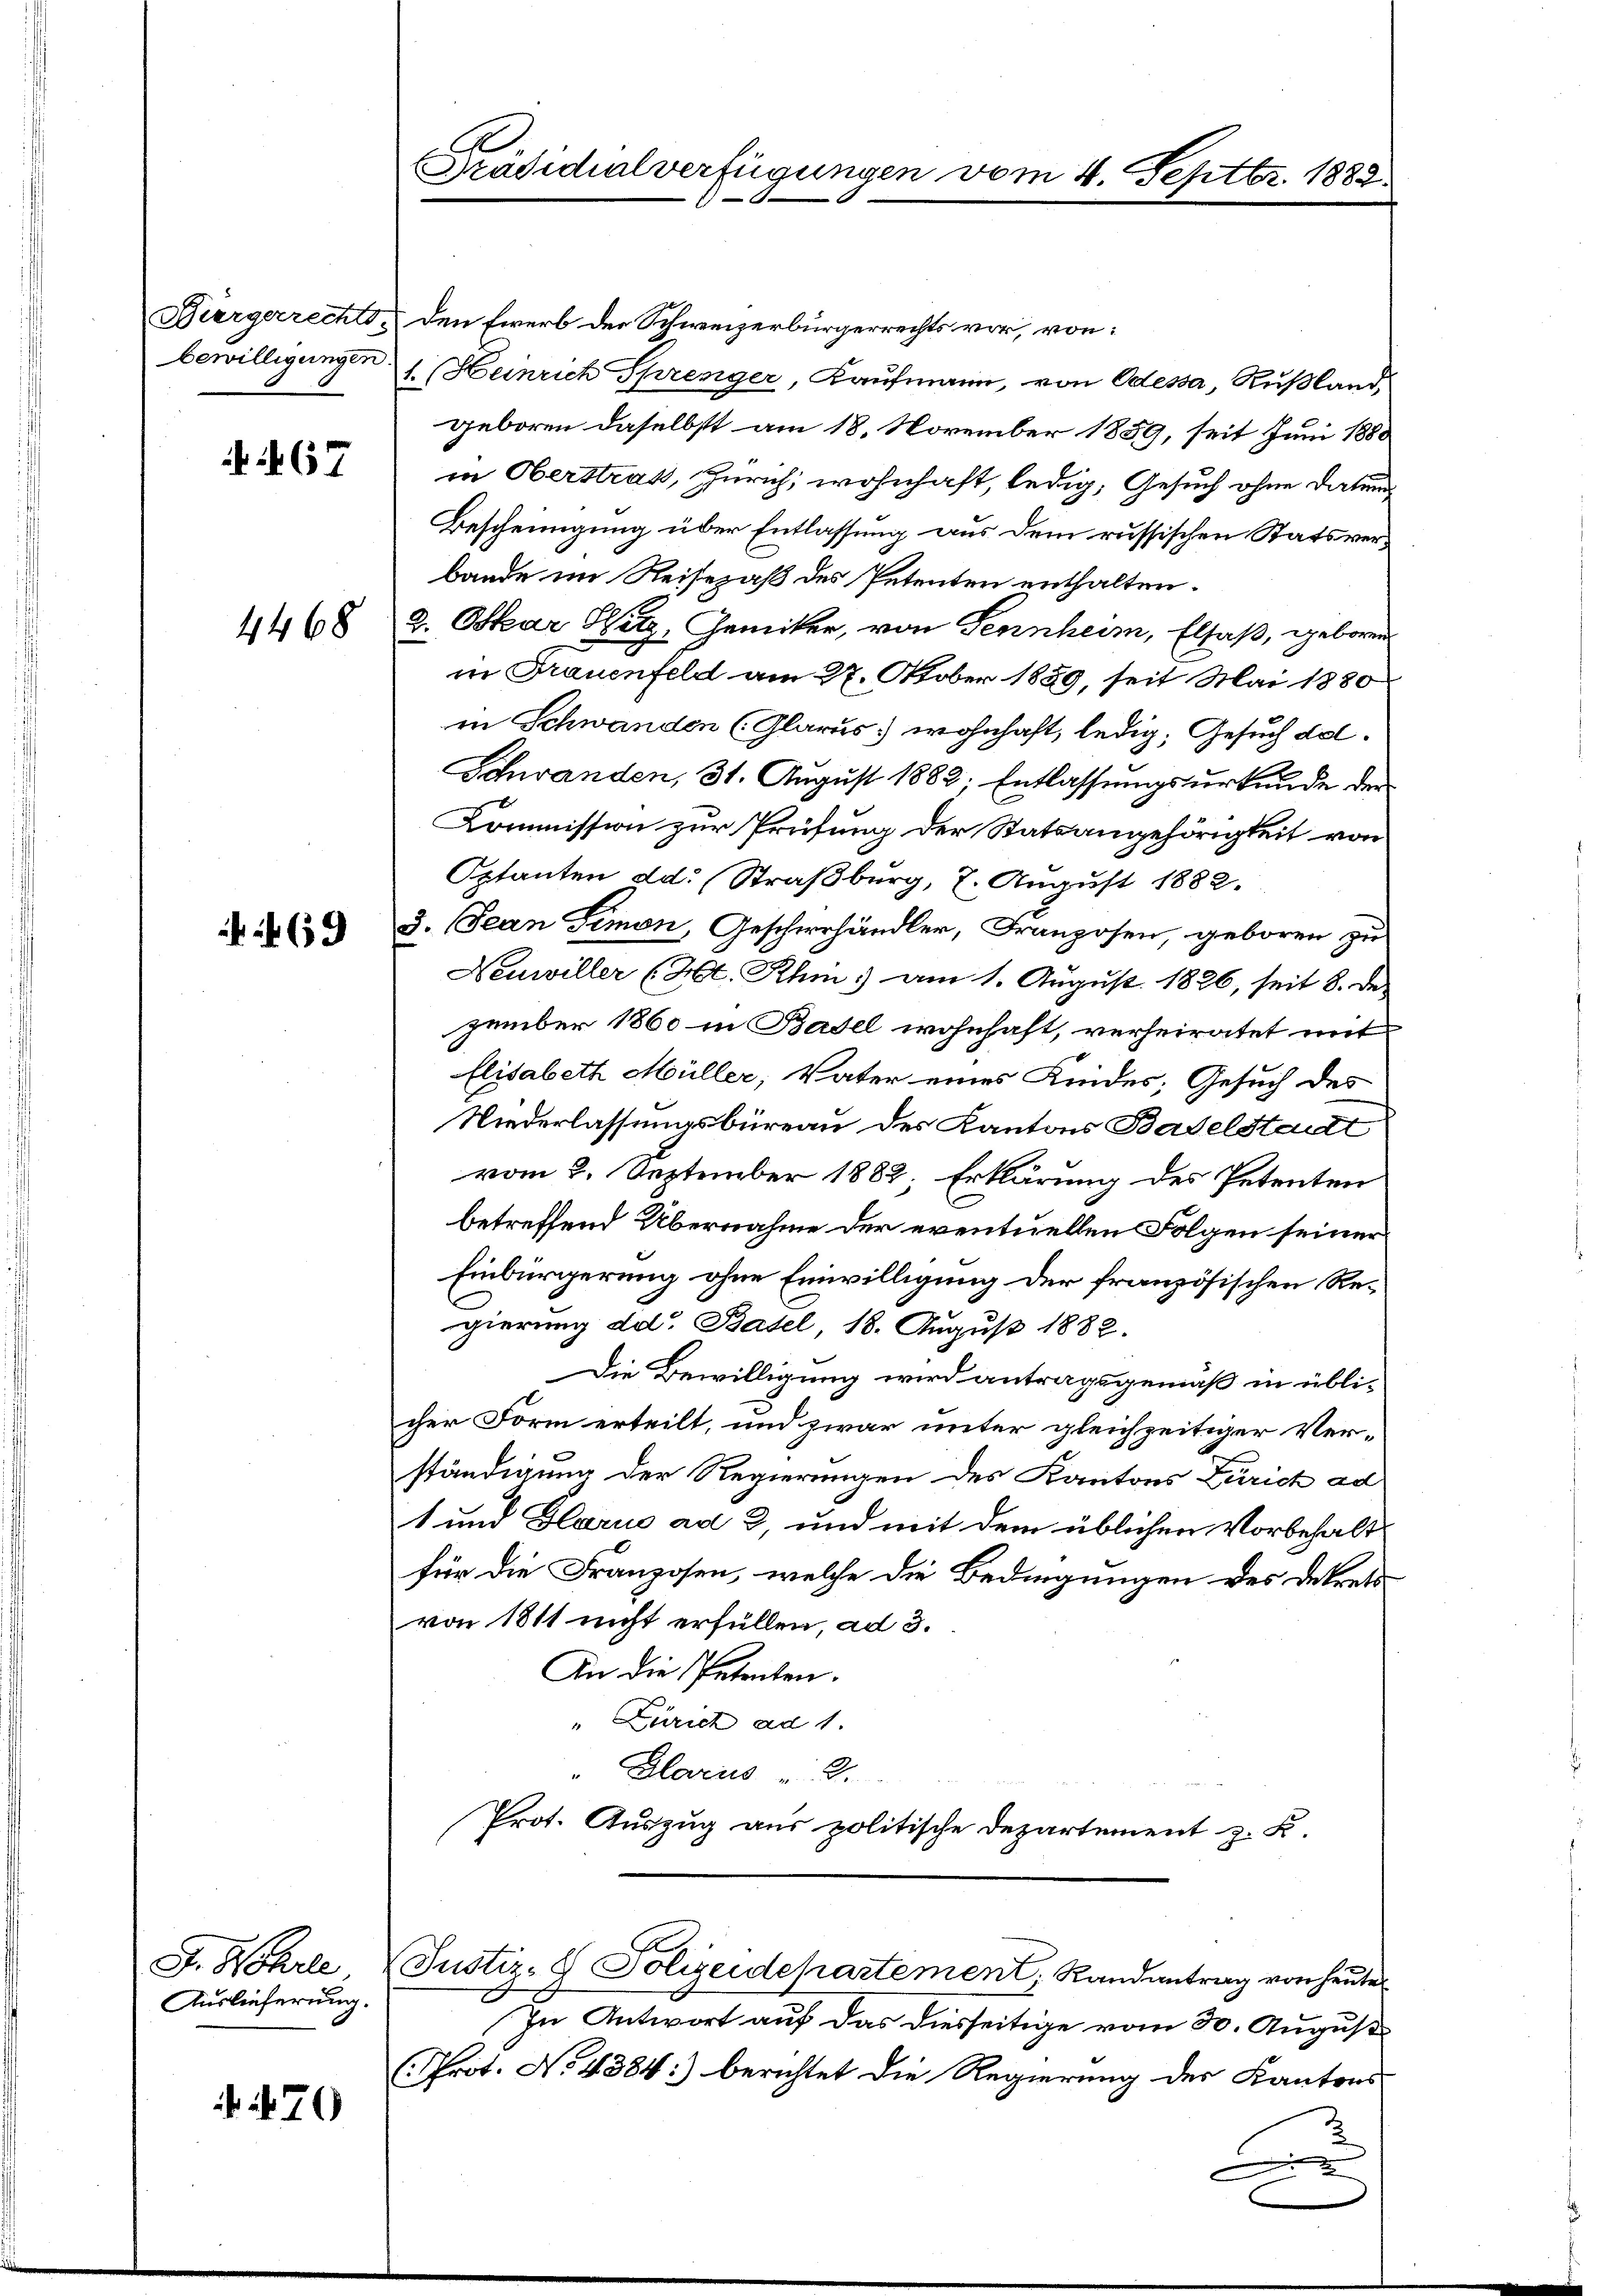
67

4468

659

G. Wehrle
Auslieferung.

70

Bürgerrechts. den Ewerb der Schweizerbürgerrechts vor, von:
bewilligungen Heinrich Sprenger, Kaufmann, von Odessa, Rußland,
geboren daselbst am 18. November 1859, seit Juni 1880
in Oberstraß, Zürich, wohnhaft, ledig, Gesuch ohne Datum
Bescheinigung über Entlassung aus dem russischen Stats verbande im Reisepaß des Petenten enthalten.
2. Oskar Witz, Gemiker, von Sennheim, Elsaß, geboren
in Frauenfeld am 27. Nober 1859, seit Mai 1880
in Schwanden (Glarus: wohnhaft, ledig, Gesuch da¬
Schwanden, 31. August 1882. Entlassungsurkunde der
Kommission zur Prüfung der Statsangehörigkeit von
Optanten dd. (Straßburg, 7. August 1882.
3. Jean Simon, Geschiehändler, Franzosen, geboren zu
Neuwiller (Ht. Rhin) am 1. August 1826, seit 8. de
zember 1860 in Basel wohnhaft, verheiratet mit
Elisabeth Müller, Vater eines Kindes; Gesuch des
Niederlassungsbüreau des Kantons Baselstadt
vom 2. September 1882; Erklärung des Petenten
betreffend Übernahme der eventuellen Folgen seiner
Einbürgerung ohne Einwilligung der französischen Regierung der Basel, 18. August 1882.
Die Bewilligung wird antragsgemäß in üblicher Form erteilt, und zwar unter gleichzeitiger Verständigung der Regierungen des Kantons Zürich ad
1 und Glarus ad 3, und mit dem üblichen Vorbehaltfür die Franzosen, welche die Bedingungen des Dekrets
von 1811 nicht erfüllen, ad 3.
An die Petenten.
" Zürich ad 1.
Glarus 2.
Prot. Auszug aus politische Departement z. K.
A
Justiz-G. Soleidepartement, Randantrag von heute
In Antwort auf das diesseitige vom 30. August
Prot. No 4384:) berichtet die Regierung des Kantons
2

Präsidialverfügungen

4. Septe